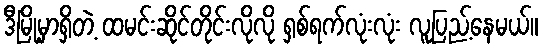
ဒီမြို့မှာရှိတဲ့ ထမင်းဆိုင်တိုင်းလိုလို ရှစ်ရက်လုံးလုံး လူပြည့်နေမယ်။